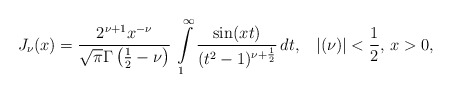
\begin{align*}J_{\nu}(x)=\frac{2^{\nu+1}x^{-\nu}}{\sqrt{\pi}\Gamma\left(\frac{1}{2}-\nu\right)}\,\intop_{1}^{\infty}\frac{\sin(xt)}{(t^{2}-1)^{\nu+\frac{1}{2}}}\,dt,\,\,\,\,\,|(\nu)|<\frac{1}{2},\,x>0,\end{align*}